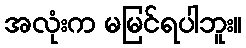
အလုံးက မမြင်ရပါဘူး။